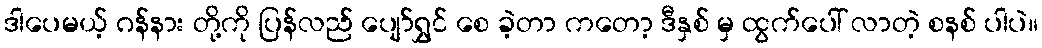
ဒါပေမယ့် ဂန်နား တို့ကို ပြန်လည် ပျော်ရွှင် စေ ခဲ့တာ ကတော့ ဒီနှစ် မှ ထွက်ပေါ် လာတဲ့ စနစ် ပါပဲ။